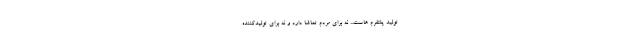
تولید پلتفرم هاست... نه برای مردم تماشا دارد و نه برای تولیدکننده